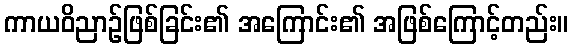
ကာယဝိညာဉ်ဖြစ်ခြင်း၏ အကြောင်း၏ အဖြစ်ကြောင့်တည်း။